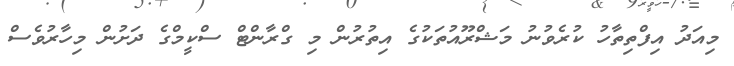
މިއަދު އިފްތިތާހު ކުރެވުނު މަޝްރޫއުތަކުގެ އިތުރުން މި ގްރާންޓް ސްކީމްގެ ދަށުން މިހާރުވެސް